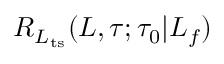
R _ { L _ { \mathrm { t s } } } ( L , \tau ; \tau _ { 0 } | L _ { f } )